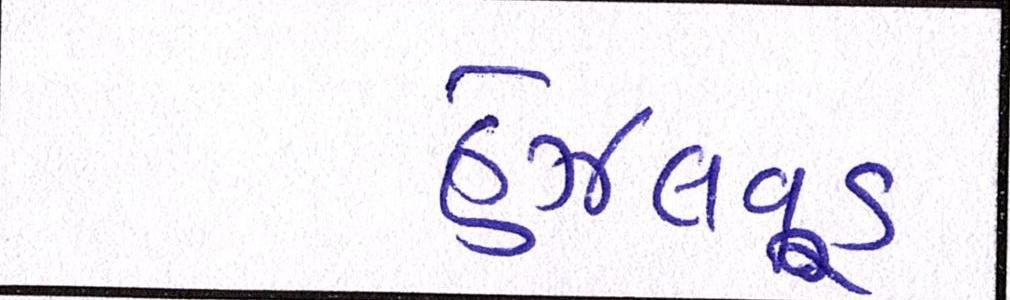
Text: હેઝલવૂડ